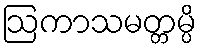
ဩကာသမတ္တမ္ပိ